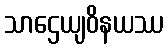
သာဌေယျဝိနယဿ